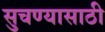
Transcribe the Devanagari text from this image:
सुचण्यासाठी